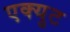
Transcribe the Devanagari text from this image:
एक्युट